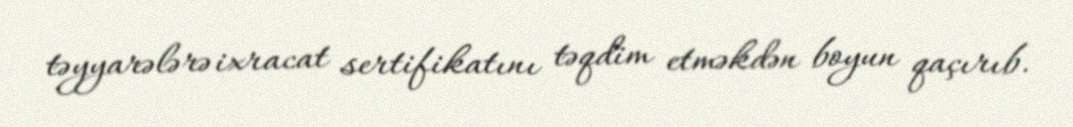
təyyarələrə ixracat sertifikatını təqdim etməkdən boyun qaçırıb.